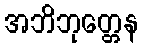
အဘိဘုတ္တေန